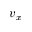
v _ { x }